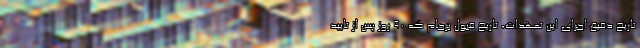
تاریخ دقیق اجرای این تعهدات، تاریخ قبول برجام که ۹۰ روز پس از تایید